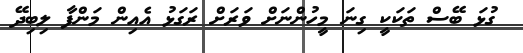
ގުޅަ ބޭސް ތަކަކީ ގިނަ މީހުންނަށް ވަރަށް ރަގަޅު އެއިން މަންފާ ލިބިދޭ